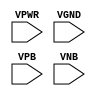
module sky130_fd_sc_hd__tapvgnd2 (
    VPWR,
    VGND,
    VPB ,
    VNB
);

    // Module ports
    input VPWR;
    input VGND;
    input VPB ;
    input VNB ;
     // No contents.
endmodule